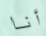
أنا